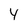
Character: Y